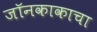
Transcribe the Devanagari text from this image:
जॉनकाकाचा